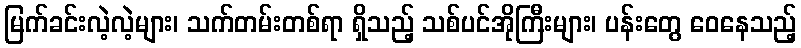
မြက်ခင်းလဲ့လဲ့များ၊ သက်တမ်းတစ်ရာ ရှိသည့် သစ်ပင်အိုကြီးများ၊ ပန်းတွေ ဝေနေသည့်